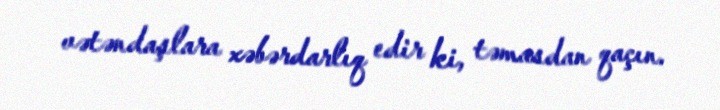
vətəndaşlara xəbərdarlıq edir ki, təmasdan qaçın.